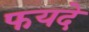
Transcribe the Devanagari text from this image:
फयदे